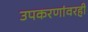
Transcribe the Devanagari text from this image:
उपकरणांवरही